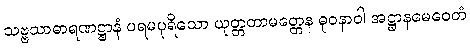
သဗ္ဗသာဓာရဏဋ္ဌာနံ ပရမပုရိသော ယုတ္တတာမတ္တေန ဓုဝနာဝါ အဋ္ဌာနမေဝေတံ